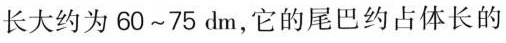
长大约为60~75dm，它的尾巴约占体长的